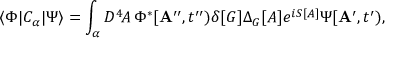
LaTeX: \langle \Phi | C _ { \alpha } | \Psi \rangle = \int _ { \alpha } { \cal D } ^ { 4 } \! A \, \Phi ^ { * } [ { \bf A } ^ { \prime \prime } , t ^ { \prime \prime } ) \delta [ G ] \Delta _ { G } [ A ] e ^ { i S [ A ] } \Psi [ { \bf A } ^ { \prime } , t ^ { \prime } ) ,